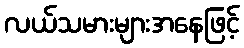
လယ်သမားများအနေဖြင့်